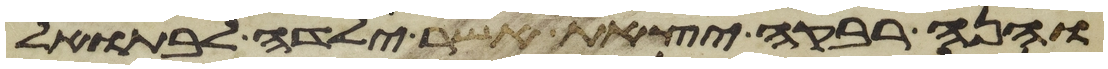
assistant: והנה רבקה יצאת אשר ילדה לבתואל